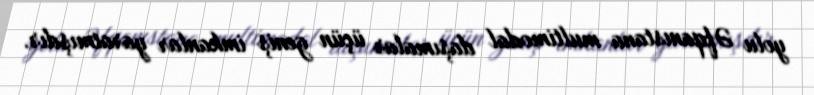
yolu Əfqanıstana multimodal daşımalar üçün geniş imkanlar yaratmışdır.